Report on vaccination in Madras 1904-1921 - 1904-1921
Year: 1904
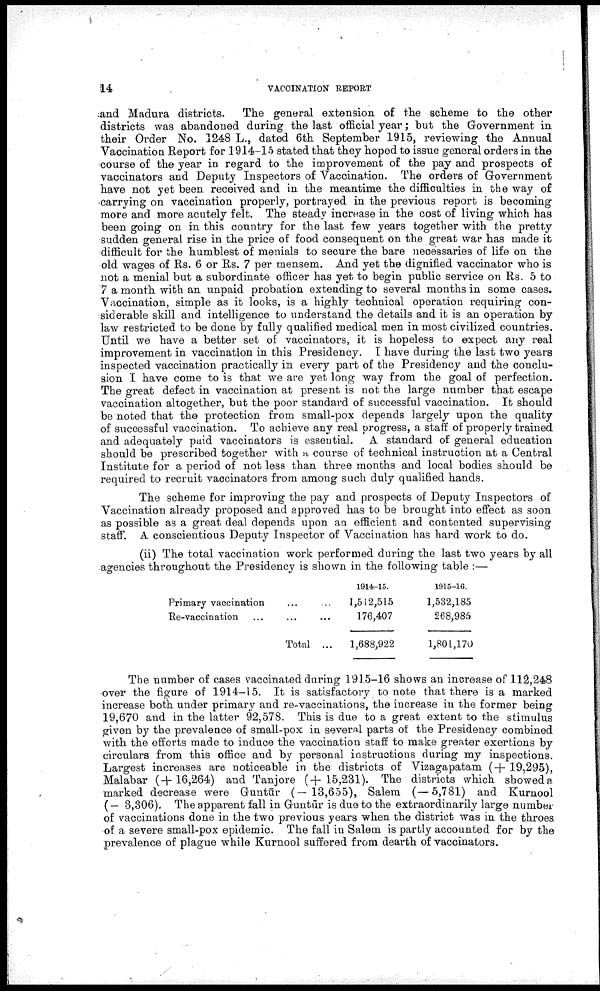
14
VACCINATION REPORT
and Madura districts. The general extension of the scheme to the other
districts was abandoned during the last official year; but the Government in
their Order No. 1248 L., dated 6th September 1915, reviewing the Annual
Vaccination Report for 1914-15 stated that they hoped to issue general orders in the
course of the year in regard to the improvement of the pay and prospects of
vaccinators and Deputy Inspectors of Vaccination. The orders of Government
have not yet been received and in the meantime the difficulties in the way of
carrying on vaccination properly, portrayed in the previous report is becoming
more and more acutely felt. The steady increase in the cost of living which has
been going on in this country for the last few years together with the pretty
sudden general rise in the price of food consequent on the great war has made it
difficult for the humblest of menials to secure the bare necessaries of life on the
old wages of Rs. 6 or Rs. 7 per mensem. And yet the dignified vaccinator who is
not a menial but a subordinate officer has yet to begin public service on Rs. 5 to
7 a month with an unpaid probation extending to several months in some cases.
Vaccination, simple as it looks, is a highly technical operation requiring con
siderable skill and intelligence to understand the details and it is an operation by
law restricted to be done by fully qualified medical men in most civilized countries.
Until we have a better set of vaccinators, it is hopeless to expect any real
improvement in vaccination in this Presidency. I have during the last two years
inspected vaccination practically in every part of the Presidency and the conclu
sion I have come to is that we are yet long way from the goal of perfection.
The great defect in vaccination at present is not the large number that escape
vaccination altogether, but the poor standard of successful vaccination. It should
be noted that the protection from small-pox depends largely upon the quality
of successful vaccination. To achieve any real progress, a staff of properly trained
and adequately paid vaccinators is essential. A standard of general education
should be prescribed together with a course of technical instruction at a Central
Institute for a period of not less than three months and local bodies should be
required to recruit vaccinators from among such duly qualified hands.
The scheme for improving the pay and prospects of Deputy Inspectors of
Vaccination already proposed and approved has to be brought into effect as soon
as possible as a great deal depends upon an efficient and contented supervising
staff. A conscientious Deputy Inspector of Vaccination has hard work to do.
(ii) The total vaccination work performed during the last two years by all
agencies throughout the Presidency is shown in the following table :—
Primary vaccination ... ...
Re-vaccination ... ... ...
Total ...
1914-15.
1,512,515
176,407
1,688,922
1915-16.
1,532,185
268,985
l,801,170
The number of cases vaccinated during 1915-16 shows an increase of 112,248
over the figure of 1914-15. It is satisfactory to note that there is a marked
increase both under primary and re-vaccinations, the increase in the former being
19,670 and in the latter 92,578. This is due to a great extent to the stimulus
given by the prevalence of small-pox in several parts of the Presidency combined
with the efforts made to induce the vaccination staff to make greater exertions by
circulars from this office and by personal instructions during my inspections.
Largest increases are noticeable in the districts of Vizagapatam (+ 19,295),
Malabar (+16,264) and Tanjore (+15,231). The districts which showed a
marked decrease were Guntūr (—13,655), Salem (—5,781) and Kurnool
(— 3,306). The apparent fall in Guntūr is due to the extraordinarily large number
of vaccinations done in the two previous years when the district was in the throes
of a severe small-pox epidemic. The fall in Salem is partly accounted for by the
prevalence of plague while Kurnool suffered from dearth of vaccinators.